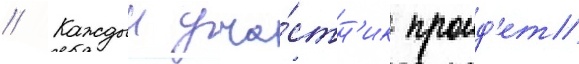
// Каждыи уча́стн'ик проид'ет